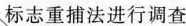
标志重捕法进行调查